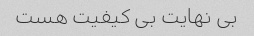
بی نهایت بی کیفیت هست